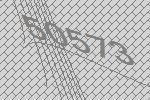
50573